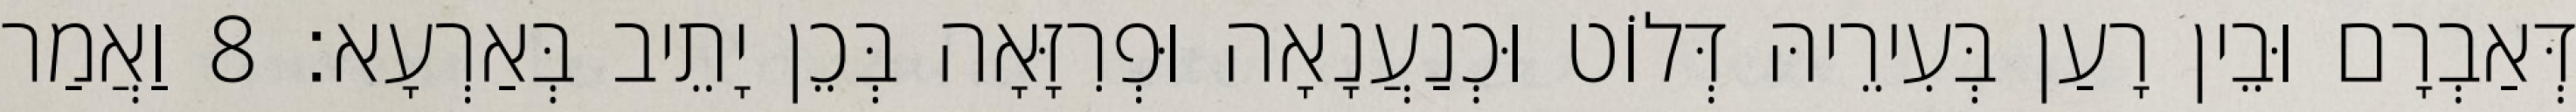
דְּאַבְרָם וּבֵין רָעַן בְּעִירֵיהּ דְּלוֹט וּכְנַעֲנָאָה וּפְרִזָּאָה בְּכֵן יָתֵיב בְּאַרְעָא׃ 8 וַאֲמַר